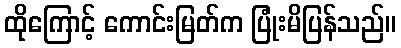
ထိုကြောင့် ကောင်းမြတ်က ပြုံးမိပြန်သည်။